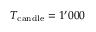
T _ { \mathrm { c a n d l e } } = 1 ^ { \prime } 0 0 0